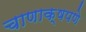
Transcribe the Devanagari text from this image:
चाणाक्षपणे